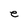
Character: e